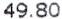
49.80